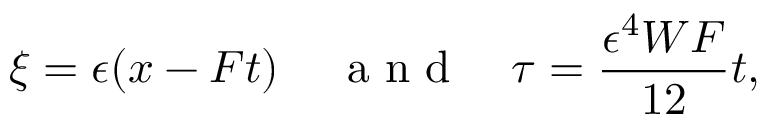
\xi = \epsilon ( x - F t ) \, \quad \mathrm { ~ a ~ n ~ d ~ } \quad \tau = \frac { \epsilon ^ { 4 } W F } { 1 2 } t ,